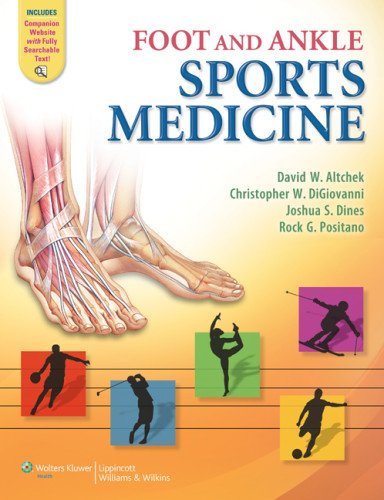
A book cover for Foot and Ankle Sports Medicine; Dr. David W. Altchek MD; Medical Books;